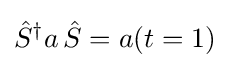
{\hat {S}}^{\dagger }a\,{\hat {S}}=a(t=1)